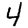
Digit: 4